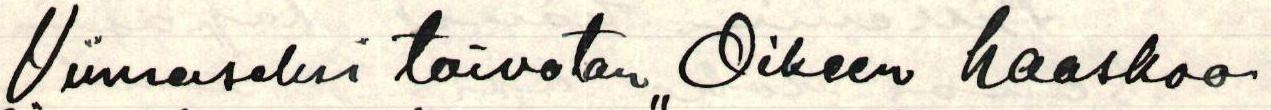
Viimeiseksi toivotan "Oikeen haaskoo